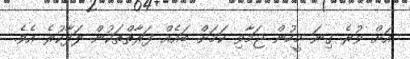
އަށް ވުރެ ގިނަ މީހުން ޖަމާވި ކަމަށް ބައެއް ފަރާތްތަކުން ލަފާކުރެ އެވެ.